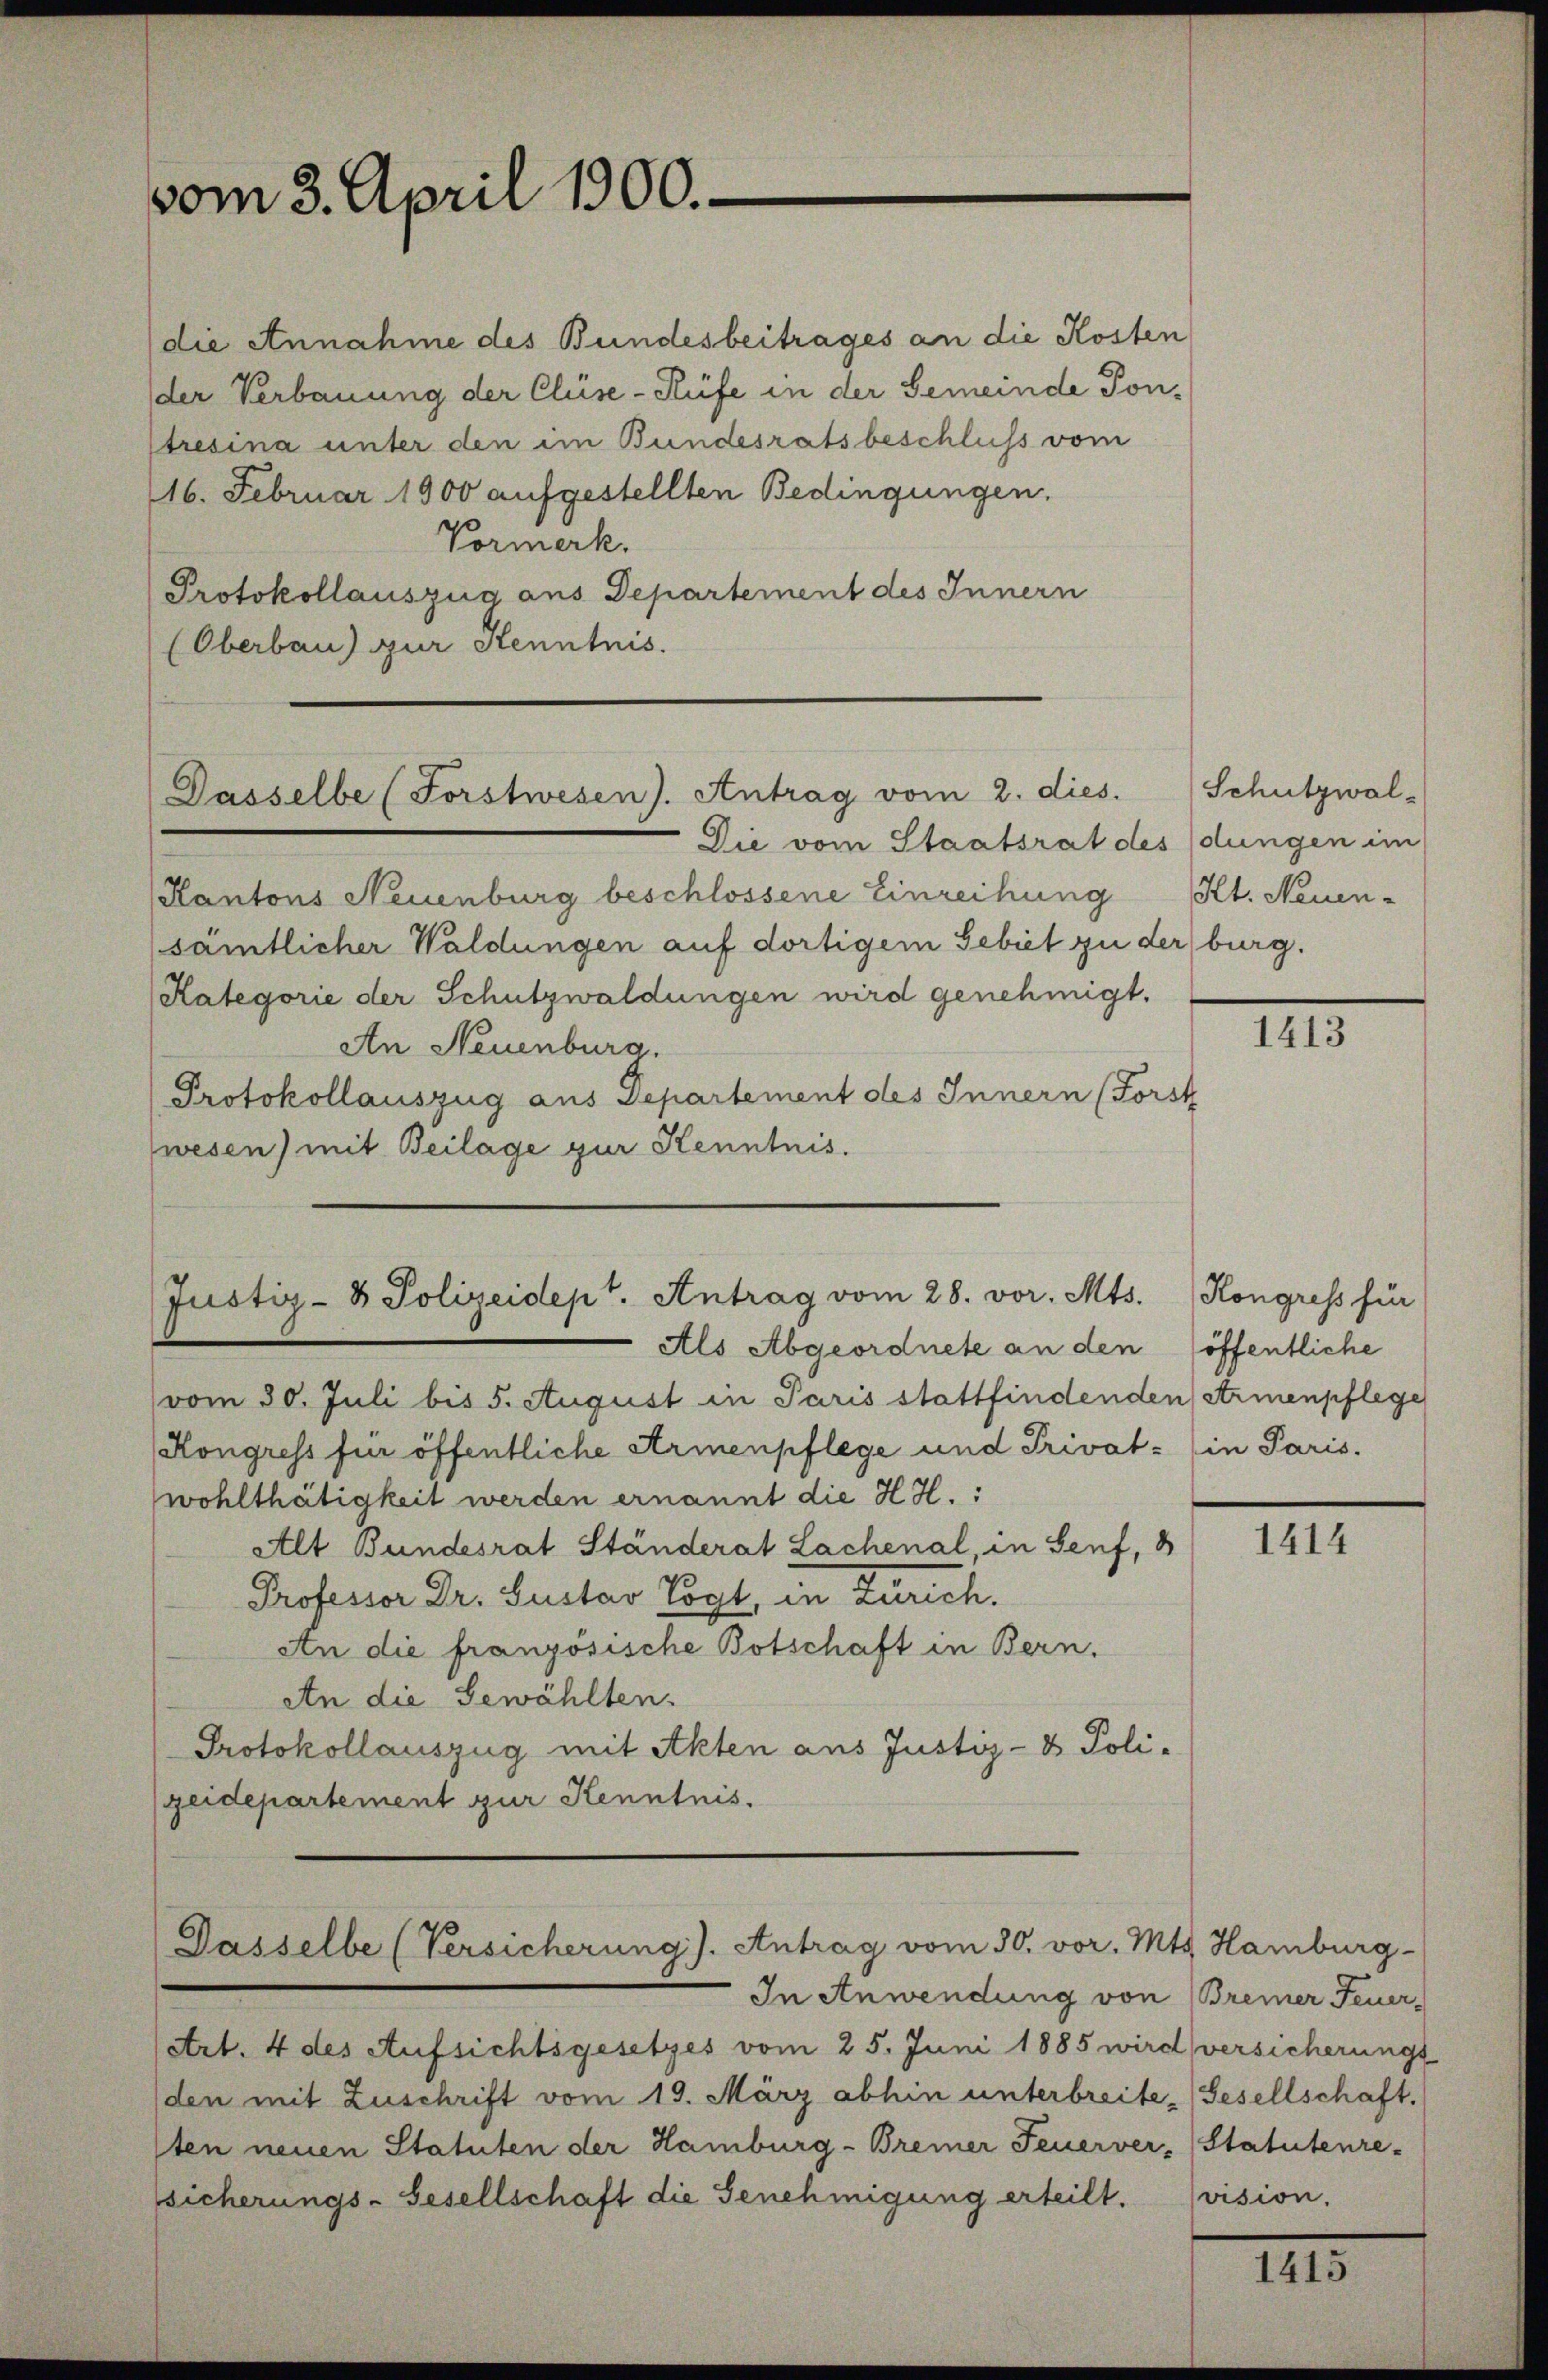
vom 3. April 1900.

die Annahme des Bundesbeitrages an die Kosten
der Verbauung der Cluse-Rüfe in der Gemeinde Pon-
tresina unter den im Bundesratsbeschluß vom
6. Februar 1900 aufgestellten Bedingungen.
Vormerk.
Protokollauszug aus Departement des Innern
(Oberbau) zur Kenntnis.

Dasselbe (Forstwesen). Antrag vom 2. dies.

Justiz- & Polizeidept. Antrag vom 28. vor. Mts.

Die vom Staatsrat des dungen im
Kantons Neuenburg beschlossene Einreihung Kt. Neuen-
sämtlicher Waldungen auf dortigem Gebiet zu der burg.
Kategorie der Schutzwaldungen wird genehmigt.
An Neuenburg.
Protokollauszug aus Departement des Innern (Forst
wesen) mit Beilage zur Kenntnis.

vom 30. Juli bis 5. August in Paris stattfindenden Armenpflege
Kongress für öffentliche Armenpflege und Privat- in Paris.
wohlthätigkeit werden ernannt die HH.:
Alt Bundesrat Ständerat Lachenal, in Genf,
Professor Dr. Gustav Vogt, in Zürich.
An die französische Botschaft in Bern.
An die Gewählten.
Protokollauszug mit Akten aus Justiz- & Poli-
geidepartement zur Kenntnis.

Als Abgeordnete an den

Dasselbe (Versicherung). Antrag vom 30. vor. Mts. Hamburg-

In Anwendung von Bremer Feuer
(Art. 4 des Aufsichtsgesetzes vom 25. Juni 1885 wird versicherungs
(den mit Zuschrift vom 19. März abhin unterbreite (Gesellschaft.
sten neuen Statuten der Hamburg-Bremer Feuerver- Statutenre-
sicherungs-Gesellschaft die Genehmigung erteilt.

Schutzwal¬

1413

Kongress für
öffentliche

1414

vision.

1415